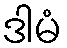
ဒါမံ